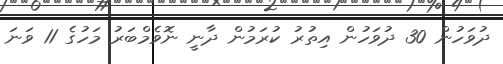
ދުވަހުން 30 ދުވަހުން އިތުރު ކުރަމުން ދާނީ ނޮވެމްބަރު މަހުގެ 11 ވަނަ